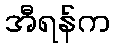
အီရန်က